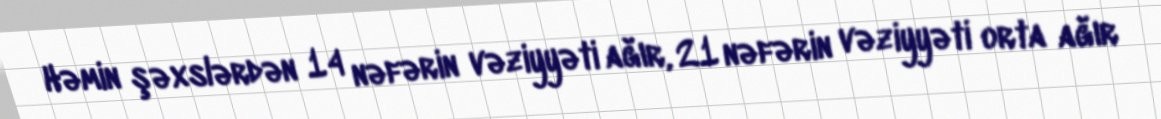
Həmin şəxslərdən 14 nəfərin vəziyyəti ağır, 21 nəfərin vəziyyəti orta ağır